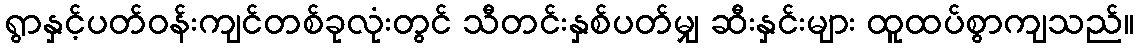
ရွာနှင့်ပတ်ဝန်းကျင်တစ်ခုလုံးတွင် သီတင်းနှစ်ပတ်မျှ ဆီးနှင်းများ ထူထပ်စွာကျသည်။